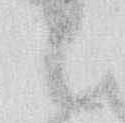
候